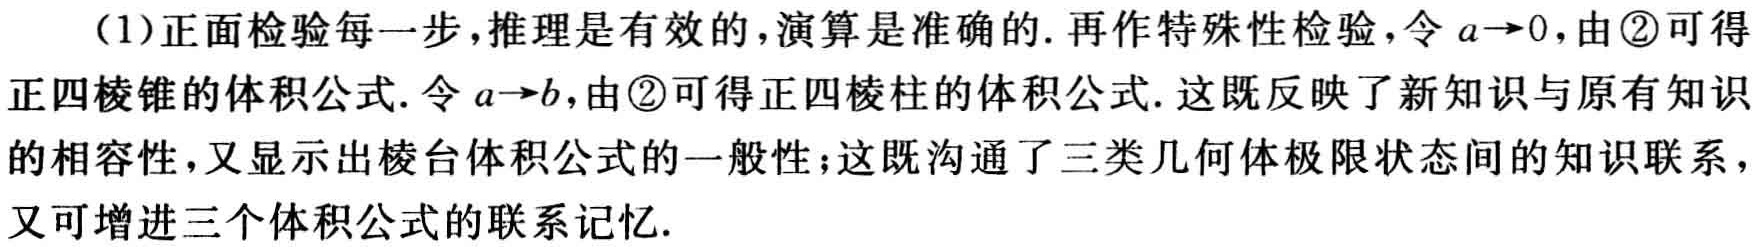
（1）正面检验每一步，推理是有效的，演算是准确的. 再作特殊性检验，令\(a\rightarrow0\)，由\textcircled{2}可得正四棱锥的体积公式. 令\(a\rightarrow b\)，由\textcircled{2}可得正四棱柱的体积公式. 这既反映了新知识与原有知识的相容性，又显示出棱台体积公式的一般性；这既沟通了三类几何体极限状态间的知识联系，又可增进三个体积公式的联系记忆.